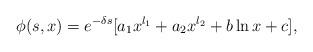
LaTeX: \begin{align*}\phi(s,x)=e^{-\delta s}[a_1x^{l_1}+a_2x^{l_2}+b\ln{x}+c],\end{align*}